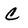
Character: C